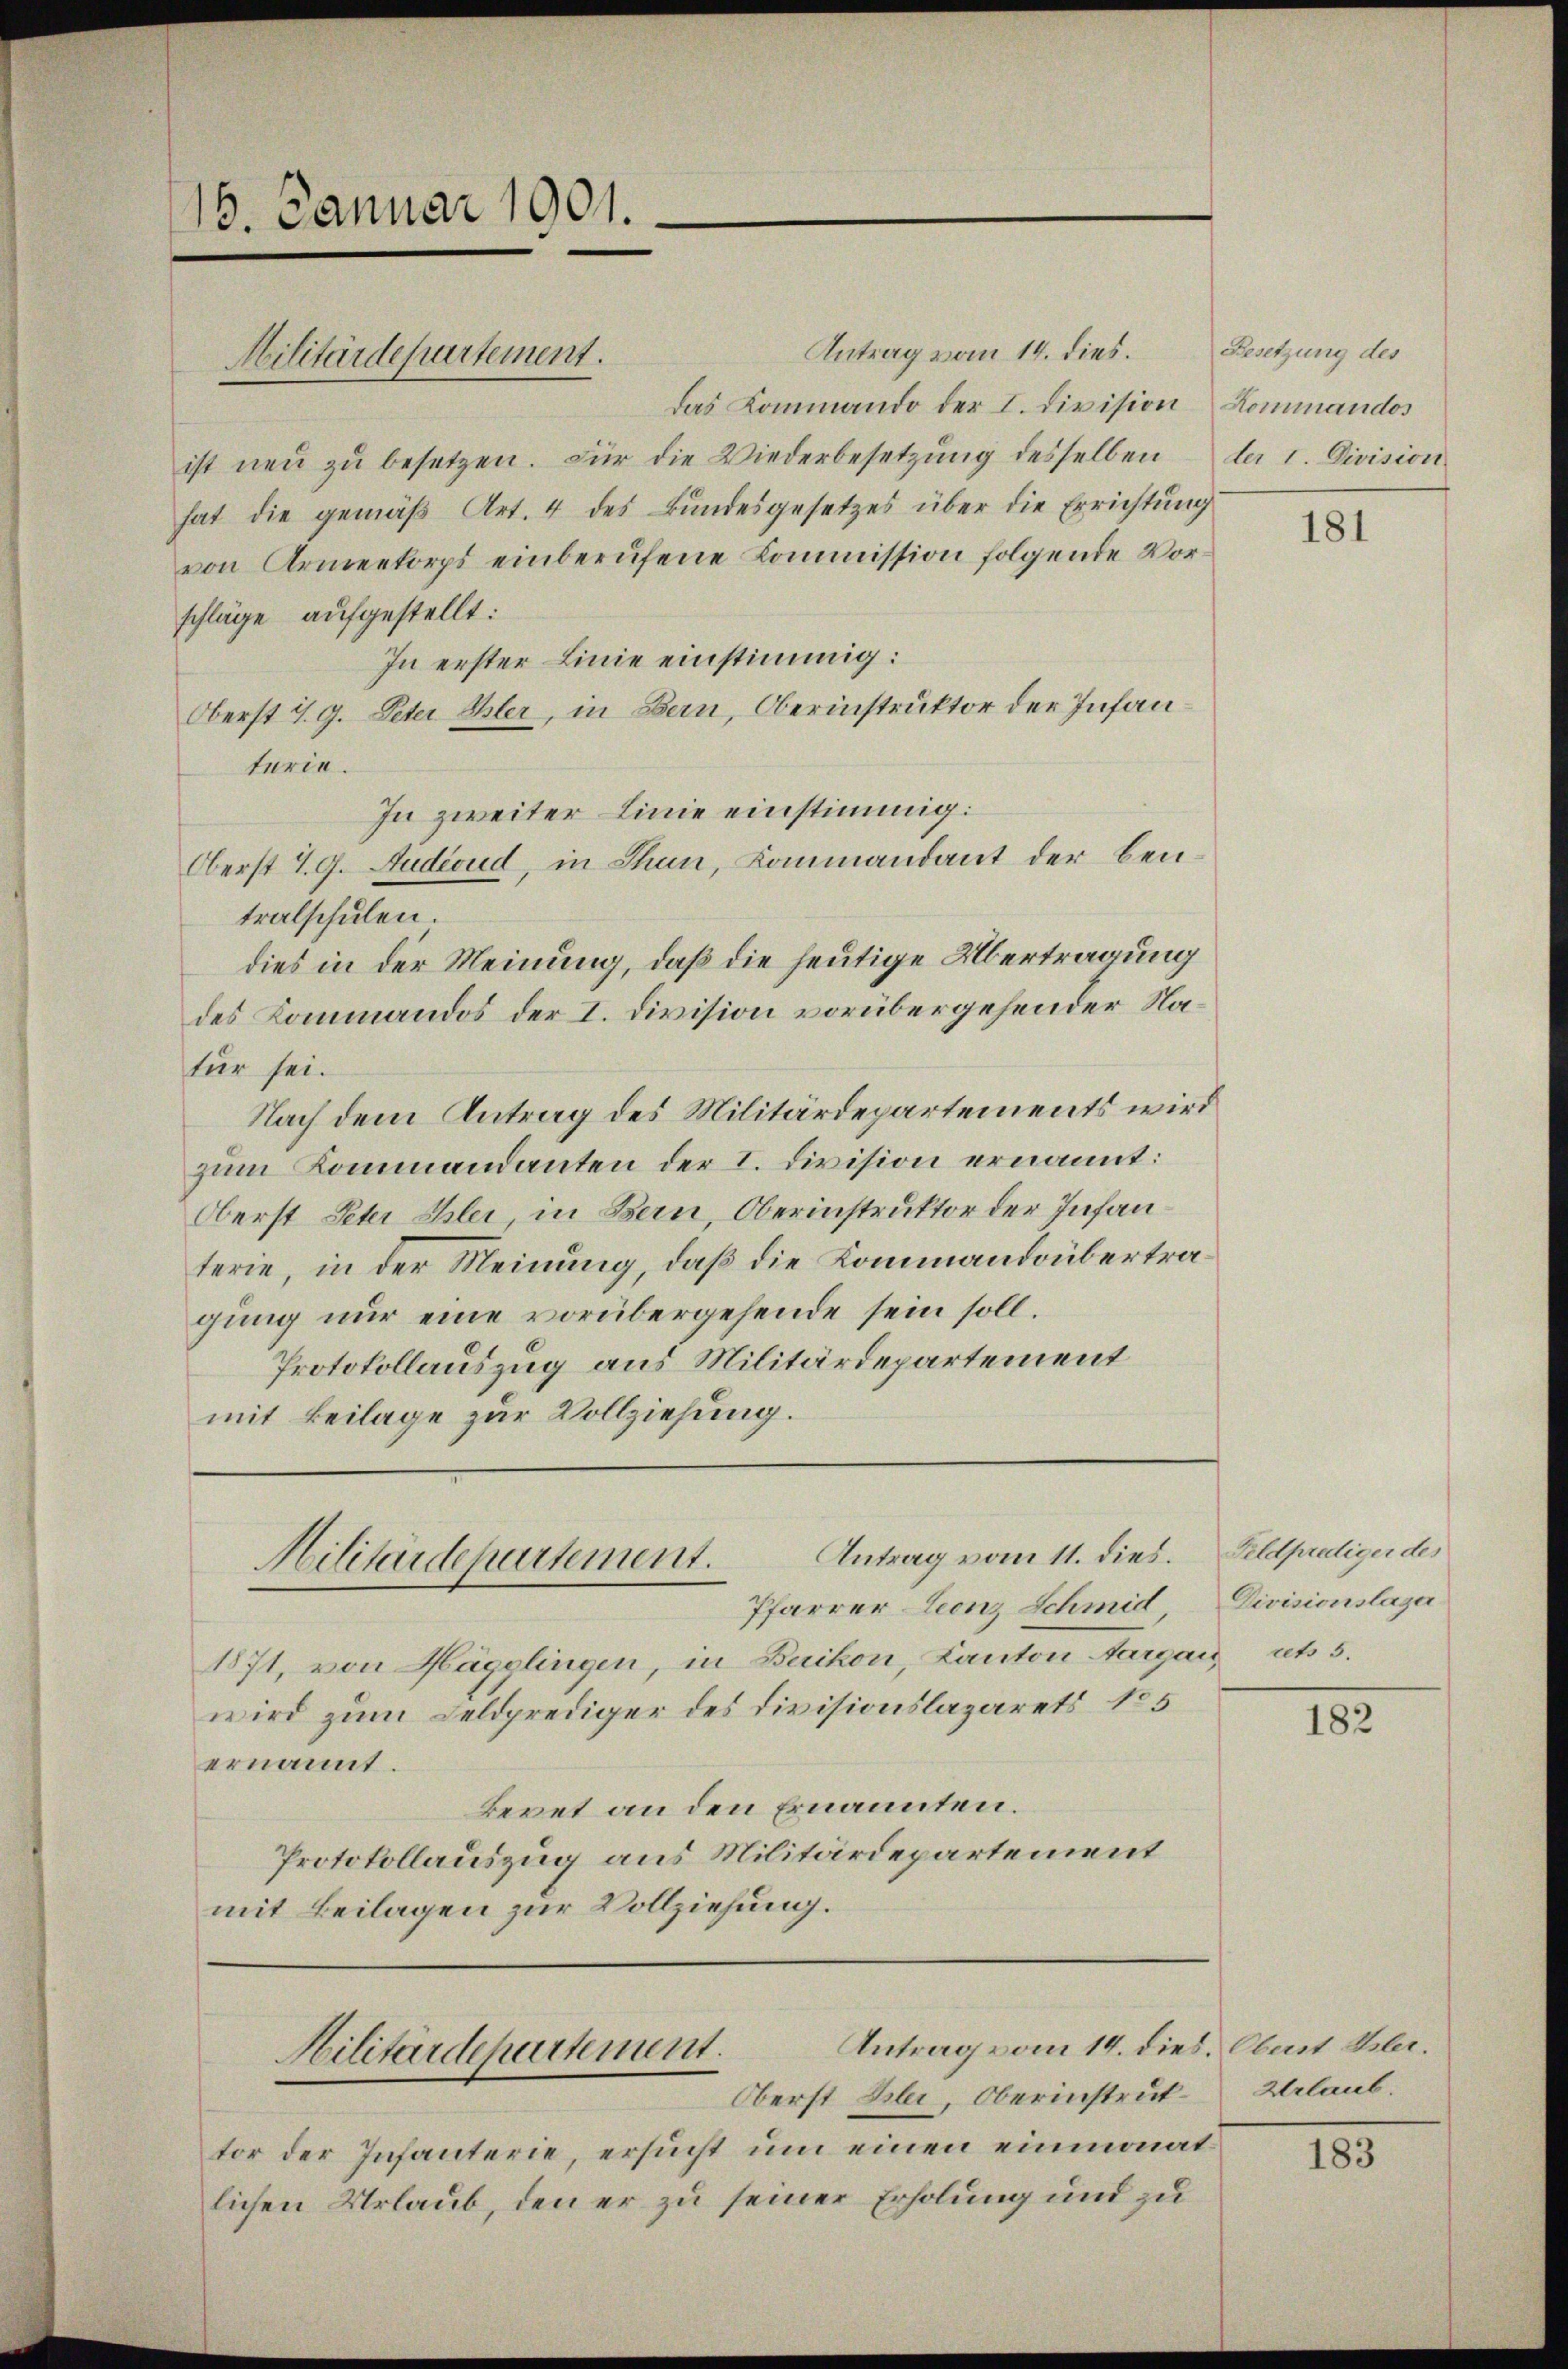
16. Januar 1901.

Militärdepartement.

Antrag vom 11. dies.
Militärdepartement.

Antrag vom 14. dies. Oberst Sr.
Militärdepartement.
Oberst Bler, Oberinstruk¬

Antrag vom 14. dies.
Das Kommando der I. Division Kommandos
ist neŭ zŭ besetzen. Für die Wiederbesetzŭng desselben der 1. Division
hat die gemäß Art. 4 des Bundesgesetzes über die Errichtung
von Armeekorps einberufene Kommission folgende Vorschläge aufgestellt:
In erster Linie einstimmig:
Oberst 7. 9. Peter Ehler, in Bern, Oberinstruktor der Infanterie.
In zweiter Linie einstimmig.
Oberst 29. Audioud, in Thun, Kommandant der Bentralschulen.
dies in der Meinung, daß die heutige Übertragung
des Kommandos der I. Division vorübergehender Natur sei.
Nach dem Antrag des Militärdepartements wird
zum Kommandanten der I. Division ernannt:
Oberst Peter Klei, in Bern, Oberinstruktor der Infanterie, in der Meinung, daß die Kommandoübertragung nur eine vorübergehende sein soll.
Protokollauszug aus Militärdepartement
mit Beilage zur Vollziehung.

Pfarrer Leonz Schmid
1871, von Hägglingen, in Buikon, Kanton Aargau uts 5.
wird zum Feldprediger des Divisionslazarets No 5
ernannt.
Bevet an den Ernannten.
Protokollauszug aus Militärdepartement
mit Beilagen zur Vollziehung.

tor der Infanterie, ersucht um einen einmonat
lichen Urlaub, den er zu seiner Erholung und zu

Besetzung des

181

Feldprediger des
Divisionslage

182

Urlaub.

183